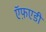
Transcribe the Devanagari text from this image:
ऍफ़एडी